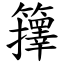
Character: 籜